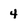
Character: 4